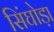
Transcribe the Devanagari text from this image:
सिंघोड़ा